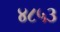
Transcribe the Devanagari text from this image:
४८५३